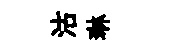
沽琳